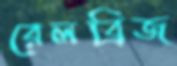
রেলব্রিজ